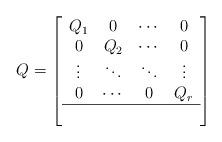
LaTeX: \begin{align*} Q = \left[ \begin{array}{cccc} Q_1 & 0 & \cdots & 0\\ 0 & Q_2 & \cdots & 0\\ \vdots & \ddots & \ddots & \vdots\\ 0 & \cdots & 0 & Q_r\\ \hline \multicolumn{4}{c}{} \end{array} \right]\end{align*}